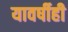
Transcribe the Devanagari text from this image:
यावर्षीही